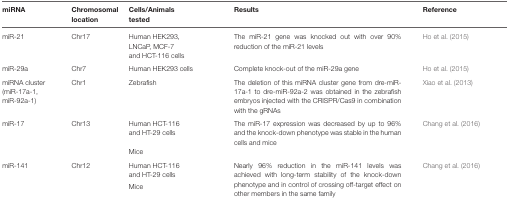
<table><thead><tr><td><b>miRNA</b></td><td><b>Chromosomal location</b></td><td><b>Cells/Animals tested</b></td><td><b>Results</b></td><td><b>Reference</b></td></tr></thead><tbody><tr><td>miR-21</td><td>Chr17</td><td>Human HEK293, LNCaP, MCF-7 and HCT-116 cells</td><td>The miR-21 gene was knocked out with over 90% reduction of the miR-21 levels</td><td>Ho et al. (2015)</td></tr><tr><td>miR-29a</td><td>Chr7</td><td>Human HEK293 cells</td><td>Complete knock-out of the miR-29a gene</td><td>Ho et al. (2015)</td></tr><tr><td>miRNA cluster (miR-17a-1, miR-92a-1)</td><td>Chr1</td><td>Zebrafish</td><td>The deletion of this miRNA cluster gene from dre-miR-17a-1 to dre-miR-92a-2 was obtained in the zebrafish embryos injected with the CRISPR/Cas9 in combination with the gRNAs</td><td>Xiao et al. (2013)</td></tr><tr><td>miR-17</td><td>Chr13</td><td>Human HCT-116 and HT-29 cells</td><td>The miR-17 expression was decreased by up to 96% and the knock-down phenotype was stable in the human cells and mice</td><td>Chang et al. (2016)</td></tr><tr><td></td><td></td><td>Mice</td><td></td><td></td></tr><tr><td>miR-141</td><td>Chr12</td><td>Human HCT-116 and HT-29 cells</td><td>Nearly 96% reduction in the miR-141 levels was achieved with long-term stability of the knock-down phenotype and in control of crossing off-target effect on other members in the same family</td><td>Chang et al. (2016)</td></tr><tr><td></td><td></td><td>Mice</td><td></td><td></td></tr></tbody></table>